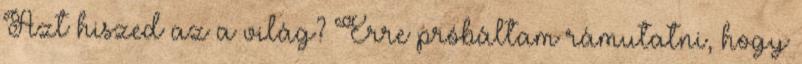
Azt hiszed az a világ? Erre próbáltam rámutatni, hogy